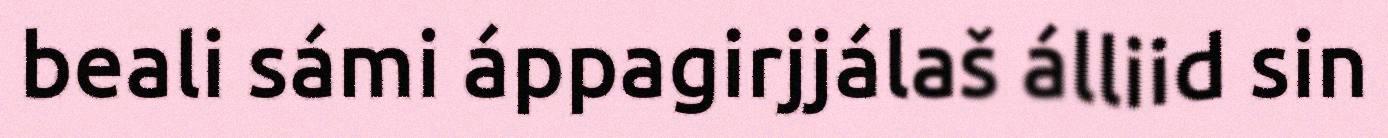
beali sámi áppagirjjálaš álliid sin